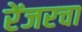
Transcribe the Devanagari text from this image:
रेंजरचा